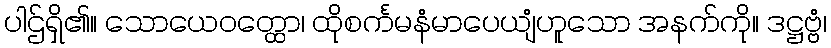
ပါဌ်ရှိ၏။ သောယေဝတ္ထော၊ ထိုစင်္ကမနံမာပေယျံဟူသော အနက်ကို။ ဒဋ္ဌဗ္ဗံ၊